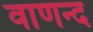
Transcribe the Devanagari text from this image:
वाणन्द